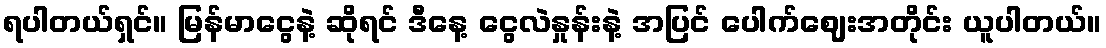
ရပါတယ်ရှင်။ မြန်မာငွေနဲ့ ဆိုရင် ဒီနေ့ ငွေလဲနှုန်းနဲ့ အပြင် ပေါက်ဈေးအတိုင်း ယူပါတယ်။